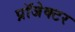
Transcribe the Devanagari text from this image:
प्रॉजेक्टर